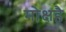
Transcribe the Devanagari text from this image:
मोक्षहै